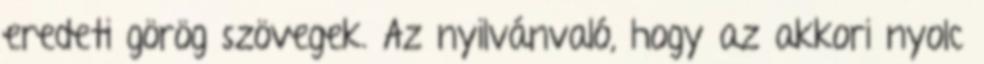
eredeti görög szövegek. Az nyilvánvaló, hogy az akkori nyolc